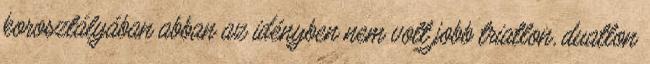
korosztályában abban az idényben nem volt jobb triatlon, duatlon